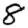
Digit: 8